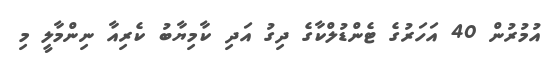
އުމުރުން 40 އަހަރުގެ ޓެންޑުލްކާގެ ދިގު އަދި ކާމިޔާބު ކެރިއާ ނިންމާލީ މި